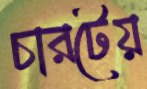
চারটেয়